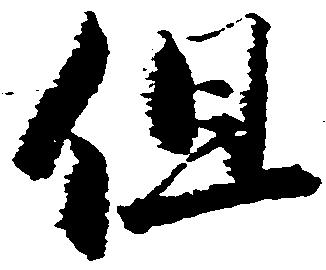
但